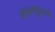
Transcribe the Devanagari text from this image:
अचलपूरच्या